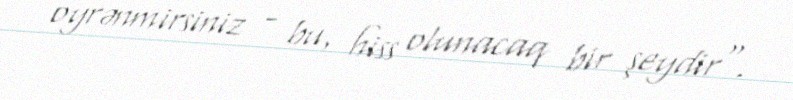
oyrənmirsiniz - bu, hiss olunacaq bir şeydir".